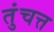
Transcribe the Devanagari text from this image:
तुंचत्त